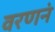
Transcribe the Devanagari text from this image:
वरणनं